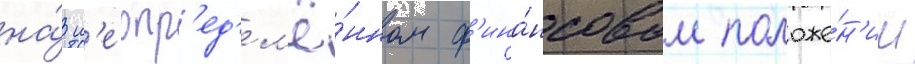
на́ н'еопр'ед'ел'ё́нном ф'ина́нсовом положе́н'ии